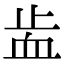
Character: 𧖭